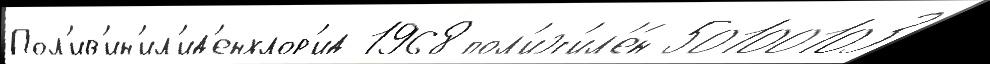
Пол'ив'ин'ил'ид'енхлор'ид 1968 пол'иэт'ил'е́н 50100103